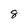
Character: 8